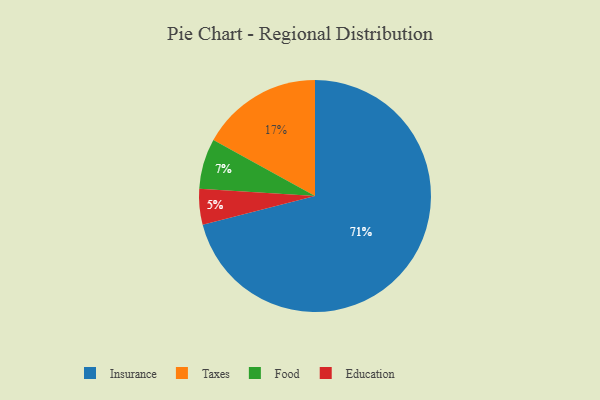
{"axis": {"x": "Category", "y": "Percentage"}, "legend": ["Education", "Food", "Insurance", "Taxes"], "data": [{"x": "Taxes", "y": 17, "type": "Taxes"}, {"x": "Education", "y": 5, "type": "Education"}, {"x": "Food", "y": 7, "type": "Food"}, {"x": "Insurance", "y": 71, "type": "Insurance"}]}